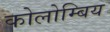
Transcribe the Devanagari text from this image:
कोलोम्बिय